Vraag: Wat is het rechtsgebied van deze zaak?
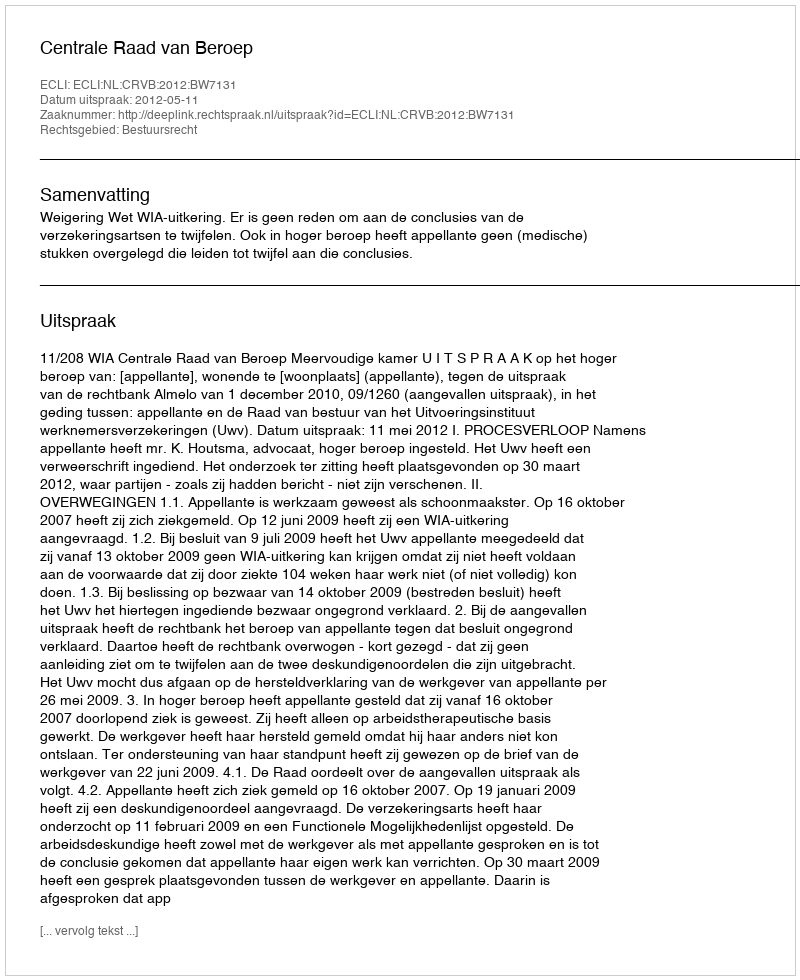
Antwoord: Bestuursrecht